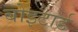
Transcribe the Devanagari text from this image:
बोइटार्ड